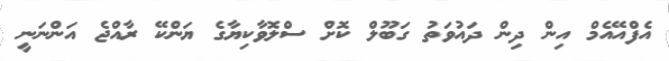
އެފްއޭއެމް އިން ދިން ދައުވަތު ގަބޫލް ކޮށް ސްލޮވާކިޔާގެ ޔަންކޭ ރާއްޖެ އަންނަނީ